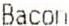
BACON